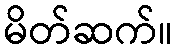
မိတ်ဆက်။